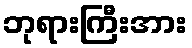
ဘုရားကြီးအား